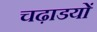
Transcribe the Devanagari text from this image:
चढ़ाडयों